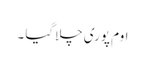
اوم پوری چلا گیا ۔